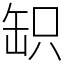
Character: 䍉